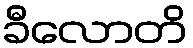
ခီလောတိ